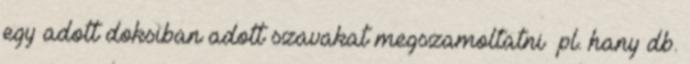
egy adott doksiban adott szavakat megszamoltatni pl. hany db.